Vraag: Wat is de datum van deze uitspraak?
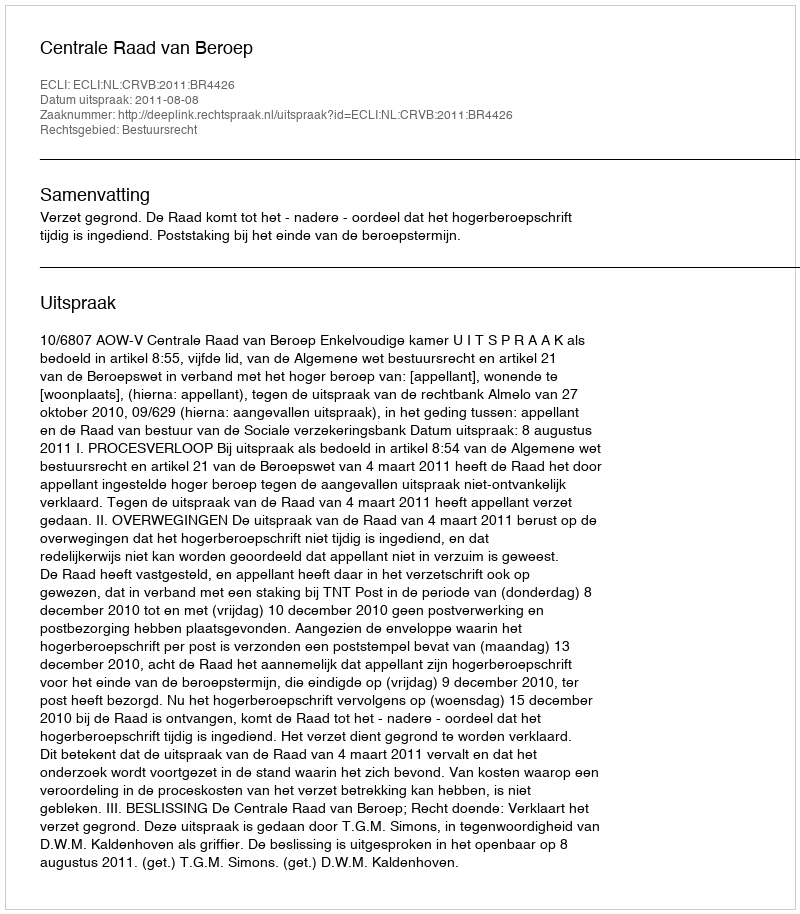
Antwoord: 2011-08-08